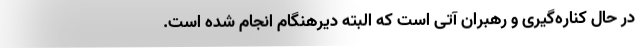
در حال کناره‌گیری و رهبران آتی است که البته دیرهنگام انجام شده است.